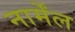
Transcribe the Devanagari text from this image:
नार्मेंल